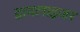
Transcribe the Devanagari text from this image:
डायलाइजर